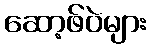
ဆော့ဖ်ဝဲများ